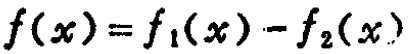
\(f(x)=f_1(x)-f_2(x)\)